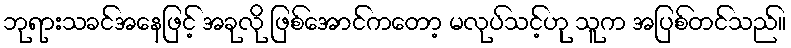
ဘုရားသခင်အနေဖြင့် အခုလို ဖြစ်အောင်ကတော့ မလုပ်သင့်ဟု သူက အပြစ်တင်သည်။